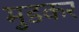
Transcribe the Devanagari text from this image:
मुडकर